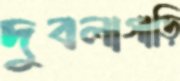
দুবলাগাড়ি